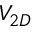
V _ { 2 D }